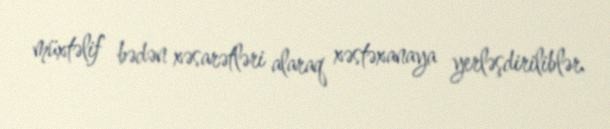
müxtəlif bədən xəsarətləri alaraq xəstəxanaya yerləşdiriliblər.